Madras plague regulations and rules for the city of Madras
Disease focus: Plague
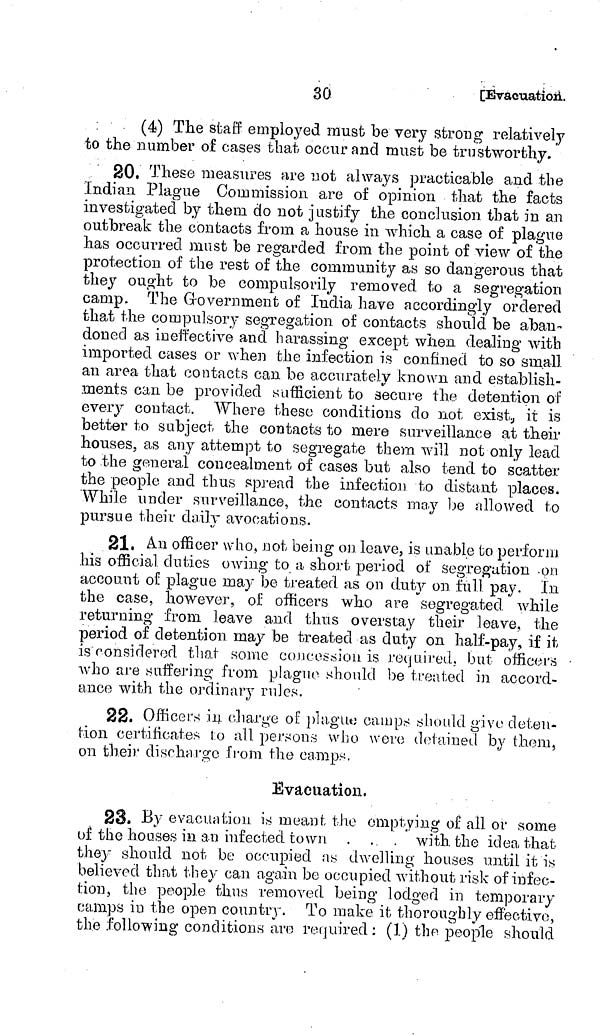
30
[Evacuation.
(4) The staff employed must be very strong relatively
to the number of cases that occur and must be trustworthy,
20. These measures are not always practicable and the
Indian Plague Commission are of opinion that the facts
investigated by them do not justify the conclusion that in an
outbreak the contacts from a house in which a case of plague
has occurred must be regarded from the point of view of the
protection of the rest of the community as so dangerous that
they ought to be compulsorily removed to a segregation
camp. The Government of India have accordingly ordered
that the compulsory segregation of contacts should be aban-
doned as ineffective and harassing except when dealing with
imported cases or when the infection is confined to so small
an area that contacts can be accurately known and establish-
ments can be provided sufficient to secure the detention of
every contact. Where these conditions do not exist, it is
better to subject the contacts to mere surveillance at their
houses, as any attempt to segregate them will not only lead
to the general concealment of cases but also tend to scatter
the people and thus spread the infection to distant places.
While under surveillance, the contacts may be allowed to
pursue their daily avocations.
21. An officer who, not being on leave, is unable to perform
his official duties owing to a short period of segregation.on
account of plague may be treated as on duty on full pay. In
the case, however, of officers who are segregated while
returning from leave and thus overstay their leave, the
period of detention may be treated as duty on half-pay, if it
is considered that some concession is required, but officers
who are suffering from plague should be treated in accord
ance with the ordinary rules.
22. Officers in charge of plague camps should give deten-
tion certificates to all persons who were detained by them,
on their discharge from the camps.
Evacuation,
23. By evacuation is meant the emptying of all or some
of the houses in an infected town . . . with the idea that
they should not be occupied is dwelling houses until it is
believed that they can again be occupied without risk of infec-
tion, the people thus removed being lodged in temporary
camps in the open country. To make it thoroughly effective,
the following conditions aro required : (1) the people should